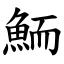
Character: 鮞